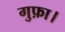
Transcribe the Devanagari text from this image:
गुफ़ा।